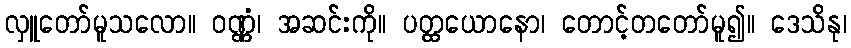
လှူတော်မူသလော။ ဝဏ္ဏံ၊ အဆင်းကို။ ပတ္ထယောနော၊ တောင့်တတော်မူ၍။ ဒေသိနု၊